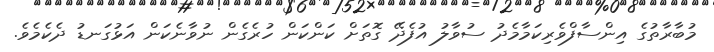
މުބާރާތުގެ އިންސާފްވެރިކަމާމެދު ސުވާލު އުފެދޭ ގޮތަށް ކަންކަން ހުރެގެން ނުވާނެކަން އަޅުގަނޑު ދެކެމެވެ.